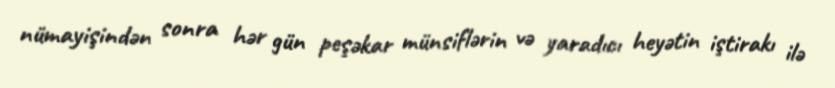
nümayişindən sonra hər gün peşəkar münsiflərin və yaradıcı heyətin iştirakı ilə